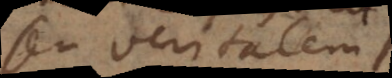
seu veritatem